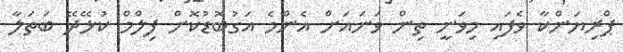
ޕްރިޔަންކާ ވެފައި މިވަނީ ތިން ވަނައަށް އެންމެ އަގުބޮޑުކޮށް ފިލްމް ކުޅޭދޭ ބަތަލާ